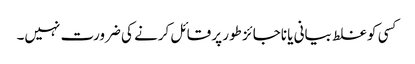
کسی کو غلط بیانی یا ناجائز طور پر قائل کرنے کی ضرورت نہیں۔